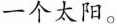
一个太阳。